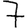
Digit: 7